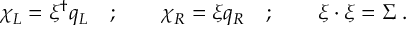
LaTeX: \chi _ { L } = \xi ^ { \dagger } q _ { L } \quad ; \qquad \chi _ { R } = \xi q _ { R } \quad ; \qquad \xi \cdot \xi = \Sigma \; .